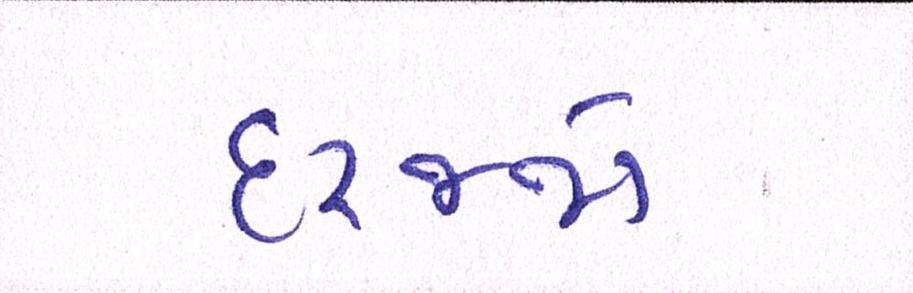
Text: દરજ્જો